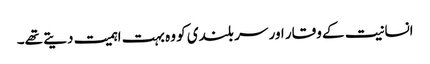
انسانیت کے وقار اور سر بلندی کو وہ بہت اہمیت دیتے تھے۔